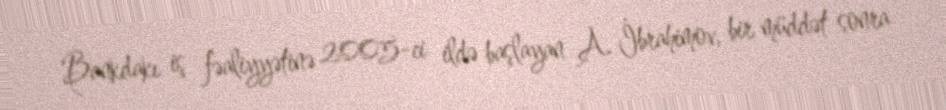
Bankdakı iş fəaliyyətinə 2005-ci ildə başlayan A. İbrahimov, bir müddət sonra